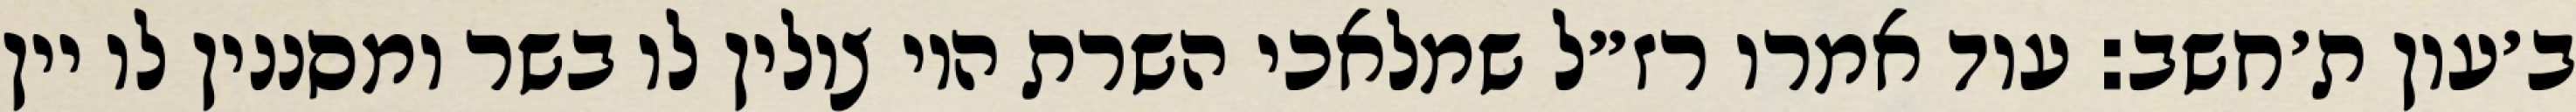
ב׳עון ת׳חשב: עוד אמרו רז״ל שמלאכי השרת היו צולין לו בשר ומסננין לו יין